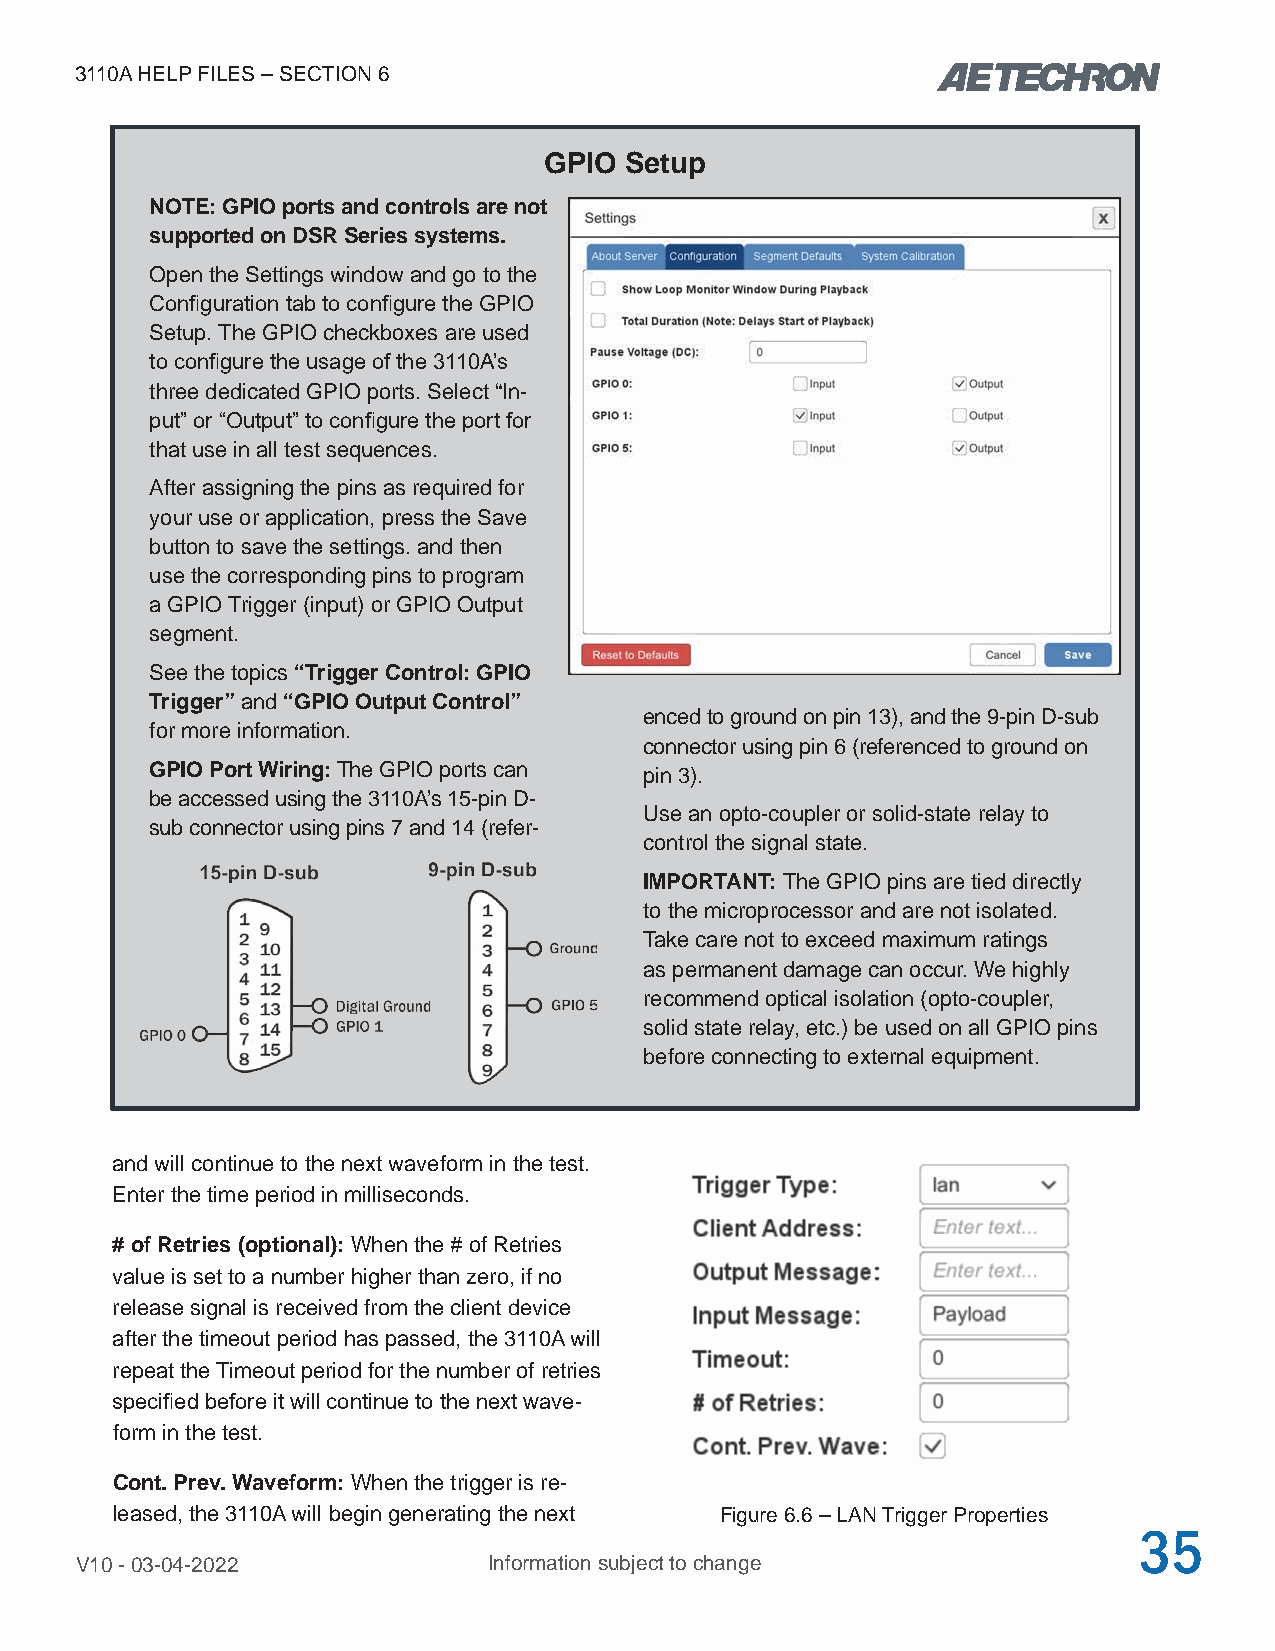
3110A HELP FILES – SECTION 6
 GPIO Setup
 NOTE: GPIO ports and controls are not
 supported on DSR Series systems.
 Open the Settings window and go to the
 Configuration tab to configure the GPIO
 Setup. The GPIO checkboxes are used
 to configure the usage of the 3110A’s
 three dedicated GPIO ports. Select “In-
 put” or “Output” to configure the port for
 that use in all test sequences.
 After assigning the pins as required for
 your use or application, press the Save
 button to save the settings. and then
 use the corresponding pins to program
 a GPIO Trigger (input) or GPIO Output
 segment.
 See the topics “Trigger Control: GPIO
 Trigger” and “GPIO Output Control”
 enced to ground on pin 13), and the 9-pin D-sub
 for more information.
 connector using pin 6 (referenced to ground on
 GPIO Port Wiring: The GPIO ports can pin 3).
 be accessed using the 3110A’s 15-pin D-
 Use an opto-coupler or solid-state relay to
 sub connector using pins 7 and 14 (refer-
 control the signal state.
 IMPORTANT: The GPIO pins are tied directly
 to the microprocessor and are not isolated.
 Take care not to exceed maximum ratings
 as permanent damage can occur. We highly
 recommend optical isolation (opto-coupler,
 solid state relay, etc.) be used on all GPIO pins
 before connecting to external equipment.
 and will continue to the next waveform in the test.
 Enter the time period in milliseconds.
 # of Retries (optional): When the # of Retries
 value is set to a number higher than zero, if no
 release signal is received from the client device
 after the timeout period has passed, the 3110A will
 repeat the Timeout period for the number of retries
 specified before it will continue to the next wave-
 form in the test.
 Cont. Prev. Waveform: When the trigger is re-
 leased, the 3110A will begin generating the next Figure 6.6 – LAN Trigger Properties
 35
 V10 - 03-04-2022           Information subject to change